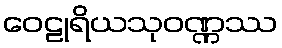
ဝေဠုရိယသုဝဏ္ဏဿ